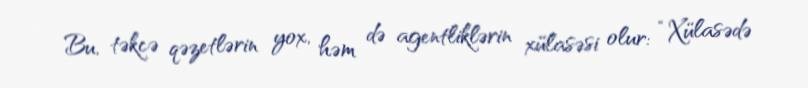
Bu, təkcə qəzetlərin yox, həm də agentliklərin xülasəsi olur: “Xülasədə